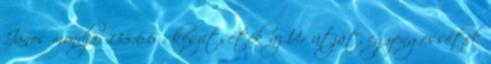
János mondja: 135:6.6 „ készítsétek az Úr útját, egyengessétek